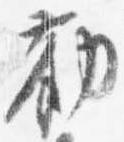
勧